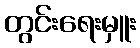
တွင်းရေးမှူး